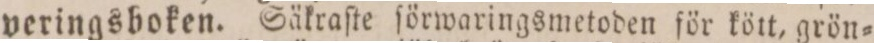
veringsboken. Säkraſte ſörwaringsmetoden för kött, grön=